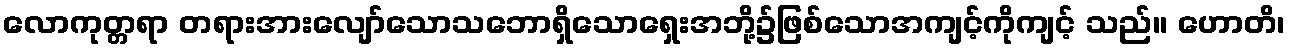
လောကုတ္တရာ တရားအားလျော်သောသဘောရှိသောရှေးအဘို့၌ဖြစ်သောအကျင့်ကိုကျင့် သည်။ ဟောတိ၊